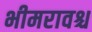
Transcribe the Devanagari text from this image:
भीमरावश्च